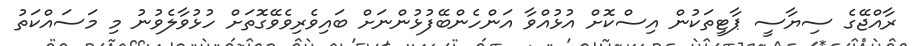
ރާއްޖޭގެ ސިޔާސީ ޕާޓީތަކުން އިސްކޮށް އުޅުއްވާ އަންހެންބޭފުޅުންނަށް ބައިވެރިވެވޭގޮތަށް ހުޅުވާލެވުނު މި މަސައްކަތު